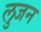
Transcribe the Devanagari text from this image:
लुजन